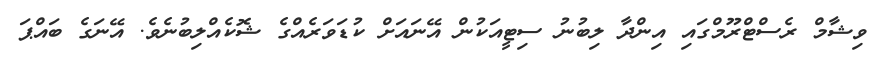
ވިޝާމް ރެސްޓްރޫމްގައި އިންދާ ލިބުނު ސިޓީއަކުން އޭނައަށް ކުޑަވަރެއްގެ ޝޮކެއްލިބުނެވެ. އޭނަގެ ބައްޕަ